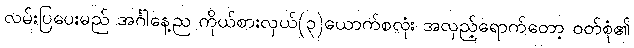
လမ်းပြပေးမည် အင်္ဂါနေ့ည ကိုယ်စားလှယ်(၃)ယောက်စလုံး အလှည့်ရောက်တော့ ဝတ်စုံ၏